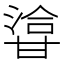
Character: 㽏